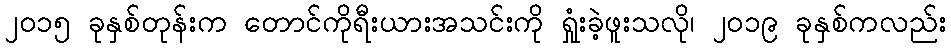
၂၀၁၅ ခုနှစ်တုန်းက တောင်ကိုရီးယားအသင်းကို ရှုံးခဲ့ဖူးသလို၊ ၂၀၁၉ ခုနှစ်ကလည်း